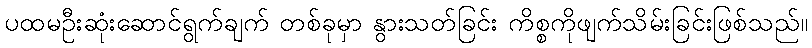
ပထမဦးဆုံးဆောင်ရွက်ချက် တစ်ခုမှာ နွားသတ်ခြင်း ကိစ္စကိုဖျက်သိမ်းခြင်းဖြစ်သည်။